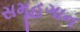
સમૂહગાન